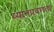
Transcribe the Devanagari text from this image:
ध्यानप्रवणता